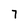
Character: 7